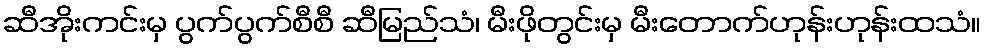
ဆီအိုးကင်းမှ ပွက်ပွက်စီစီ ဆီမြည်သံ၊ မီးဖိုတွင်းမှ မီးတောက်ဟုန်းဟုန်းထသံ။